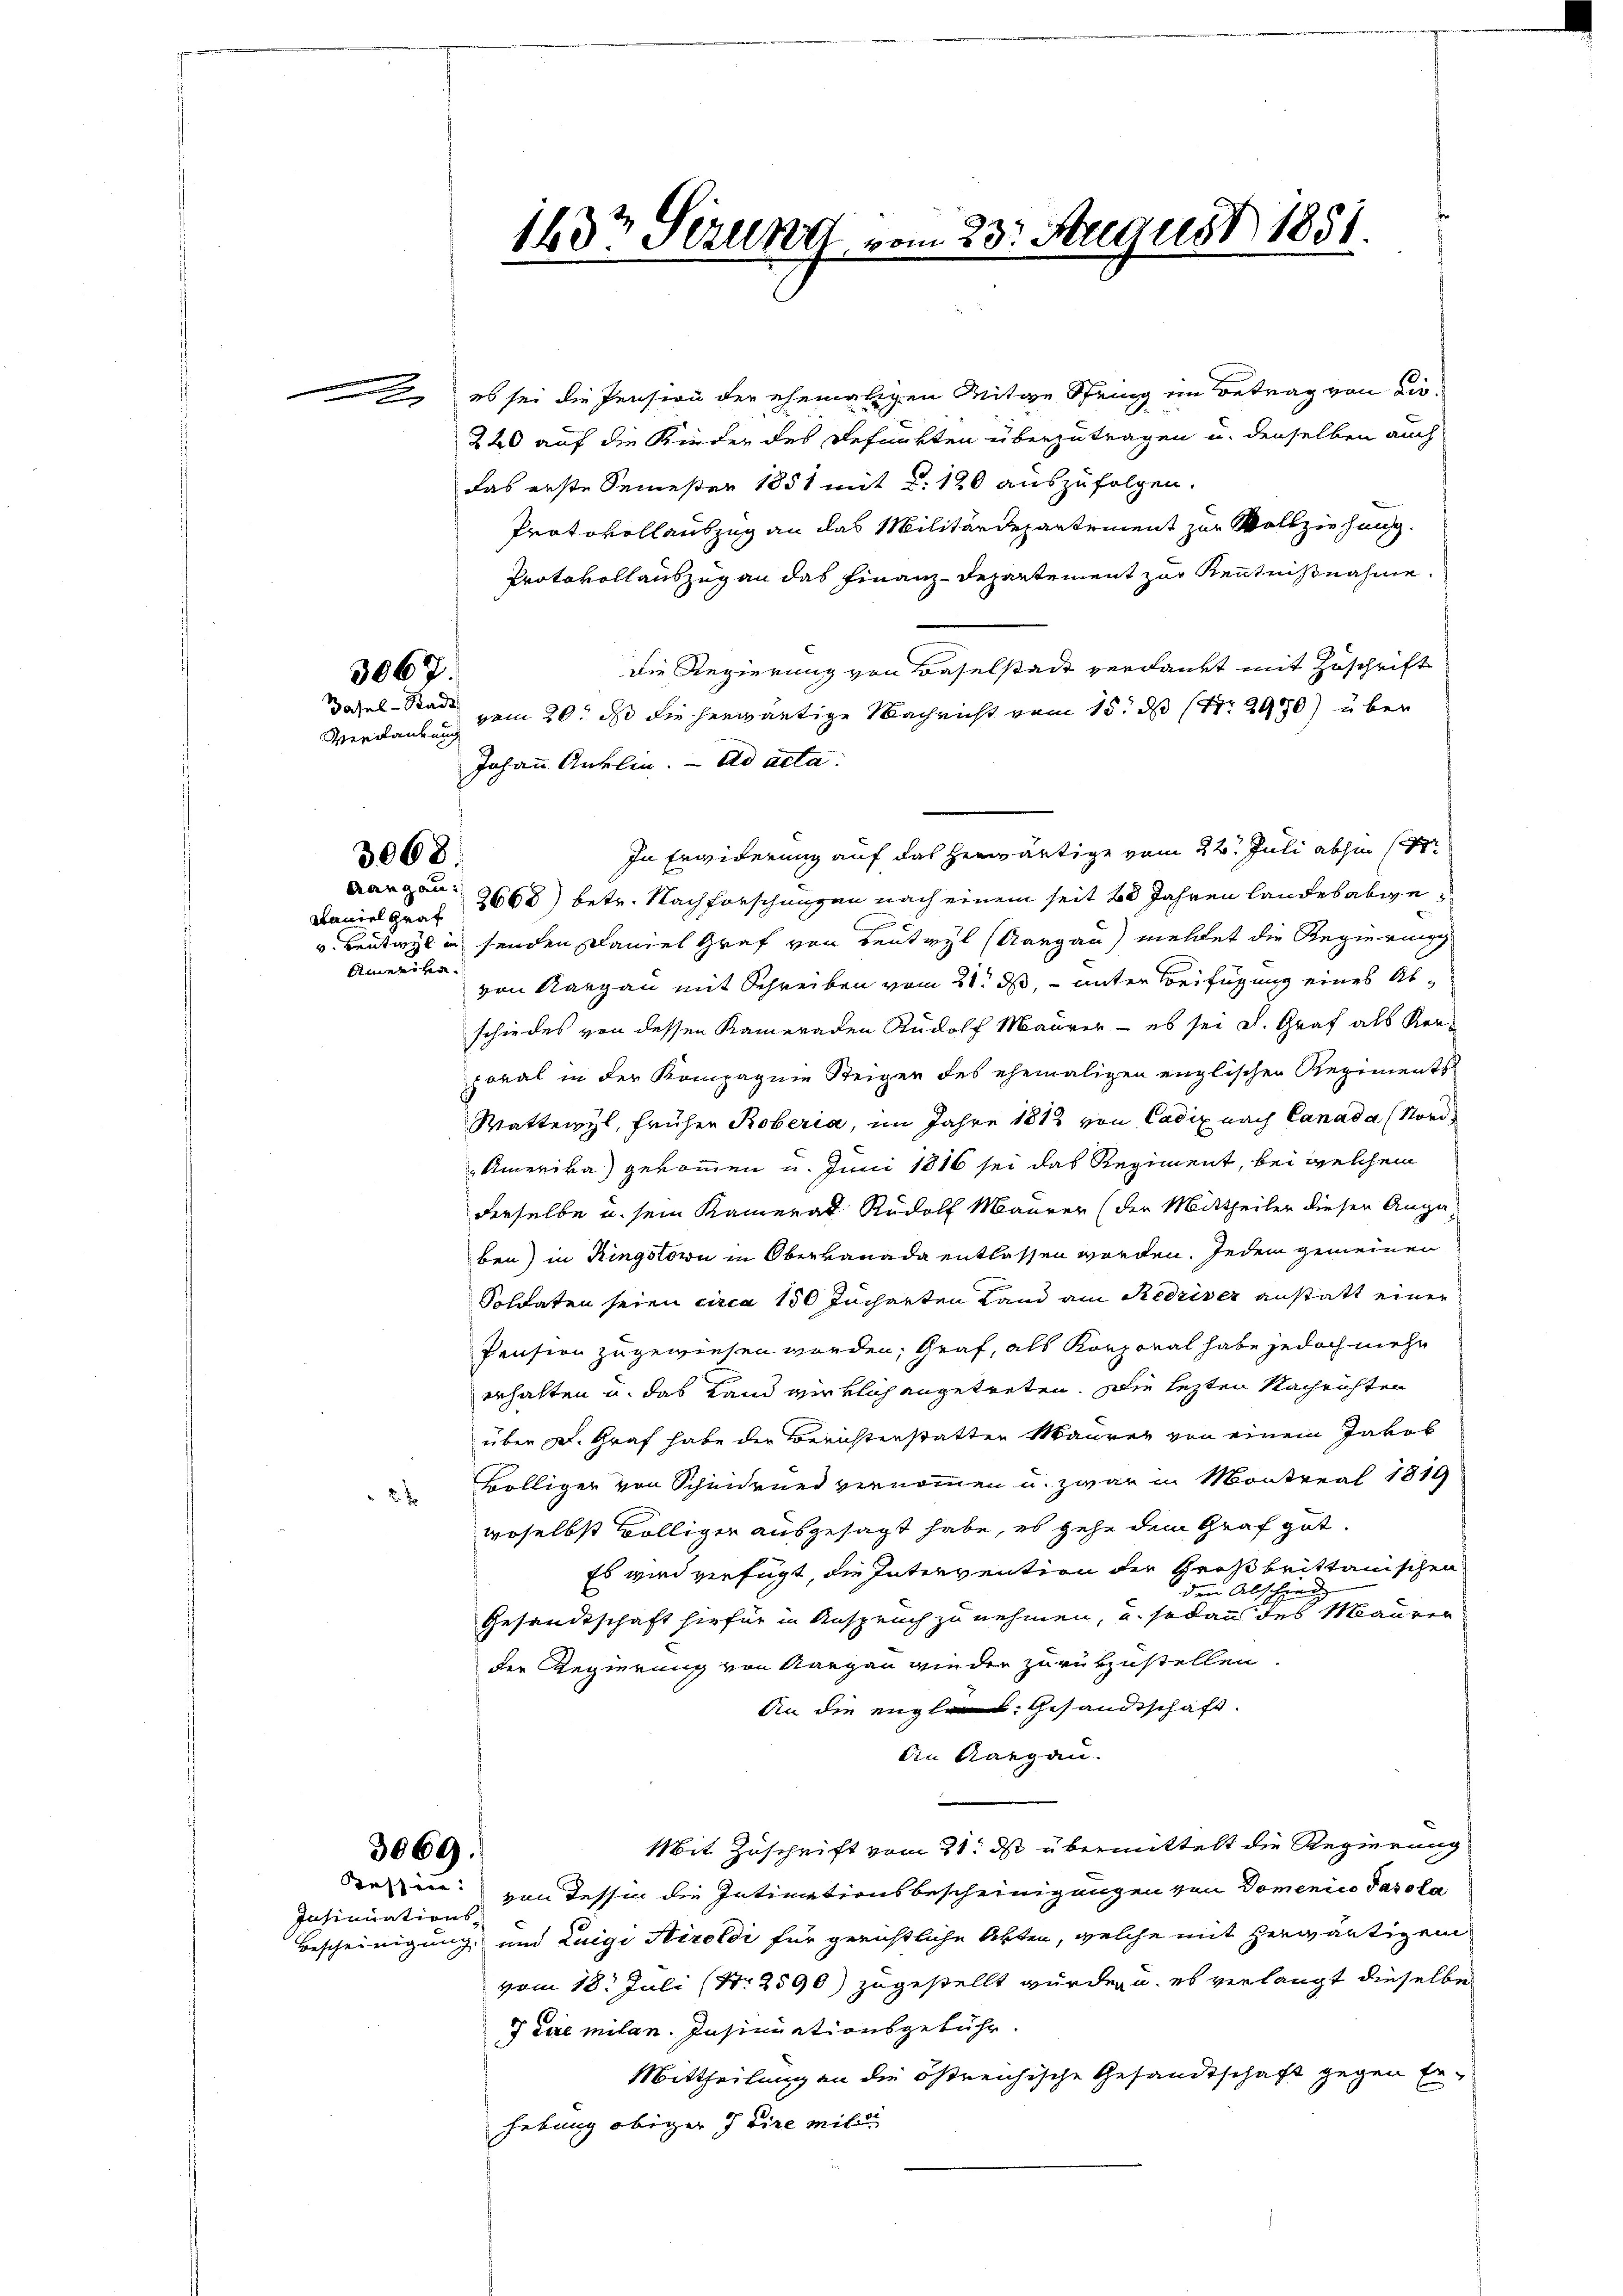
3067.

Verdankung

3068

Anweiter

2 x

3069.

Insinuations-

es sei die Pension der ehemaligen Mitge String im Betrag von die¬
220 auf die Kinder des Befunkten überzutragen u. denselben auch
das erste Semester 1851 mit §. 120 auszufolgen.
Protokollauszug an das Militärdepartement zur Vollziehung.
Protokollauszug an das Finanz-Departement zur Kenntnißnahme.
Die Regierung von Baselstadt verdankt mit Zuschrift
Dasel-Stadt vom 20. ds die herwärtige Nachricht vom 15. ds Nr. 2970) über
Johann Anklin. ad acta.
In Erwiderung auf das herwärtige vom 22. Juli abhin (
Baniel gar 2668) betr. Nachforschungen nach einem seit 20 Jahren landesabwev. Leuteyl in senden Daniel Graf von Beutwyl (Aargau) mehret die Regierung
von Aargau mit Schreiben vom 21. ds, unter Beifügung eines Abschiedes von dessen Kameraden Rudolf Maurer - es sei S. Graf als Kon-
poral in der Kompagnie Steiger des ehemaligen englischen Regiments
Wattwyl, früher Roberia, im Jahre 1812 von Cadix nach Canada (Nord¬
Amerika) gekommen u. Juni 1816 sei das Regiment, bei welchem
derselbe u. sein Kamerat Rudolf Maurer (der Mittheiler dieser Augaben) in Ringstorn in Obervanada entlassen worden. Jedem gemeinen
Soldaten seien circa 150 Jucharten Land am Redriser anstatt einer
Pension zugewiesen werden, Graf, als Korporal habe jedoch mehr
erhalten u. das Land wirklich angetreten. Die lezten Nachrichten
über d. Graf habe der Berichterstatten Mauren von einem Jakob
Bölliger von Schindrund vernommen u. zwar in Montreal 1819
woselbst völliger ausgesagt habe, es gehe dem Graf gut.
Es wird verfügt, die Intervention der Großbrittanischen
den Abschweiz
Gesandtschaft hiefür in Anspruch zu nehmen, u. sodann des Mauren
der Regierung von Aargau wieder zurükzustellen.
An die engl. Gesandtschaft.
An Aargau.
Mit Zuschrift vom 21. ds übermittelt die Regierung
derin: von dessen die Intimationsbescheinigungen von Domenico Pasola
Bescheinigung und Luigi Airoldi für gerichtliche Akten, welche mit herwärtigen
vom 18. Juli (Nr. 2590) zugestellt wurden, u. es verlangt dieselbe
7 Lire mitan. Insinuationsgebühr.
Mittheilung an die östreichische Gesandtschaft gegen Erhebung obiger Juire mit

drangau:

143t Serung vom 23. August 1851.